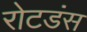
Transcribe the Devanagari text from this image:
रोटडंस